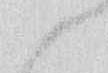
候